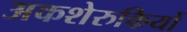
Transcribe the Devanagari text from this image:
अकशेरुकियों